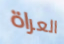
العراة